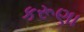
કરૂણા